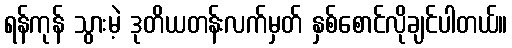
ရန်ကုန် သွားမဲ့ ဒုတိယတန်းလက်မှတ် နှစ်စောင်လိုချင်ပါတယ်။